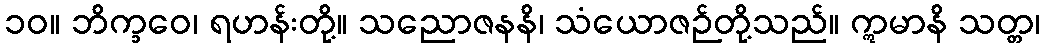
၁၀။ ဘိက္ခဝေ၊ ရဟန်းတို့။ သညောဇနနိ၊ သံယောဇဉ်တို့သည်။ ဣမာနိ သတ္တ၊